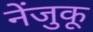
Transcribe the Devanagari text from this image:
नेंजुकू